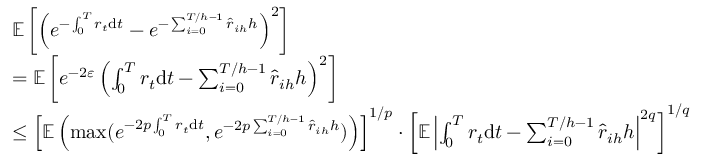
\begin{array} { r l } & { \mathbb { E } \left[ \left( e ^ { - \int _ { 0 } ^ { T } r _ { t } \mathrm { d } t } - e ^ { - \sum _ { i = 0 } ^ { T / h - 1 } \hat { r } _ { i h } h } \right) ^ { 2 } \right] } \\ & { = \mathbb { E } \left[ e ^ { - 2 \varepsilon } \left( \int _ { 0 } ^ { T } r _ { t } \mathrm { d } t - \sum _ { i = 0 } ^ { T / h - 1 } \hat { r } _ { i h } h \right) ^ { 2 } \right] } \\ & { \leq \left[ \mathbb { E } \left( \operatorname* { m a x } ( e ^ { - 2 p \int _ { 0 } ^ { T } r _ { t } \mathrm { d } t } , e ^ { - 2 p \sum _ { i = 0 } ^ { T / h - 1 } \hat { r } _ { i h } h } ) \right) \right] ^ { 1 / p } \cdot \left[ \mathbb { E } \left| \int _ { 0 } ^ { T } r _ { t } \mathrm { d } t - \sum _ { i = 0 } ^ { T / h - 1 } \hat { r } _ { i h } h \right| ^ { 2 q } \right] ^ { 1 / q } } \end{array}